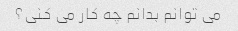
می توانم بدانم چه کار می کنی؟